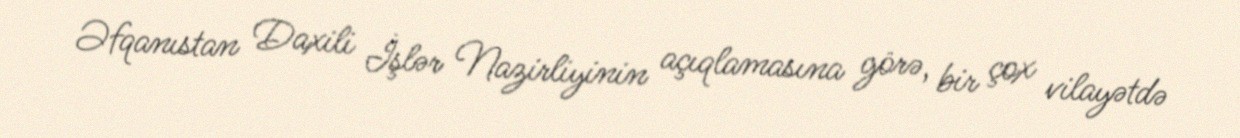
Əfqanıstan Daxili İşlər Nazirliyinin açıqlamasına görə, bir çox vilayətdə